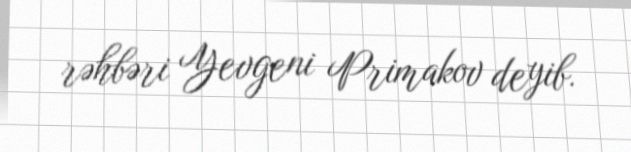
rəhbəri Yevgeni Primakov deyib.